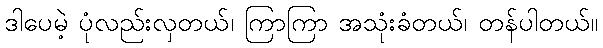
ဒါပေမဲ့ ပုံလည်းလှတယ်၊ ကြာကြာ အသုံးခံတယ်၊ တန်ပါတယ်။